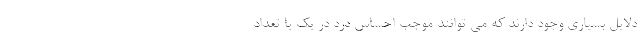
دلایل بسیاری وجود دارند که می توانند موجب احساس درد در یک یا تعداد